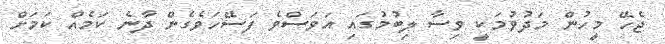
ޖެހޭ މީހުން މަދުވުމަކީ ވިސާ ލިބުމުގައި އަވަސްވެ ފަސޭހަވެގެން ދާނެ ކަމެއް ކަމަށް